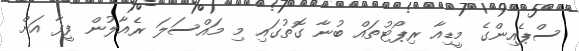
ސްޕެއިންގެ މީޑިއާ ރިޕޯޓުތައް ބުނާ ގޮތުގައި މި މައްސަލަ ރެއާލުން ފީފާ އަށް